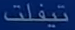
ستيفلت